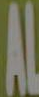
AL